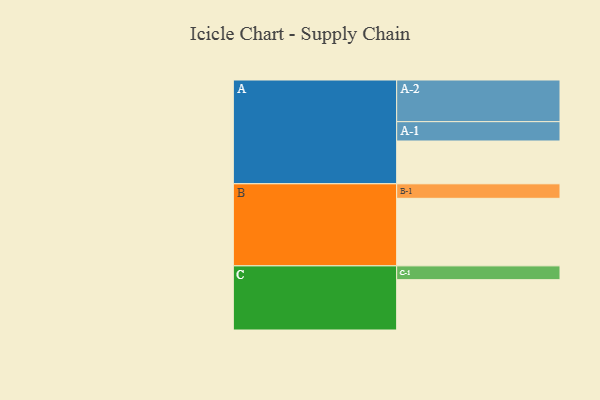
{"axis": {"x": "Segment", "y": "Value"}, "legend": ["", "A", "B", "C"], "data": [{"x": "A", "y": 301, "type": ""}, {"x": "B", "y": 475, "type": ""}, {"x": "C", "y": 354, "type": ""}, {"x": "A-1", "y": 136, "type": "A"}, {"x": "A-2", "y": 293, "type": "A"}, {"x": "B-1", "y": 102, "type": "B"}, {"x": "C-1", "y": 97, "type": "C"}]}